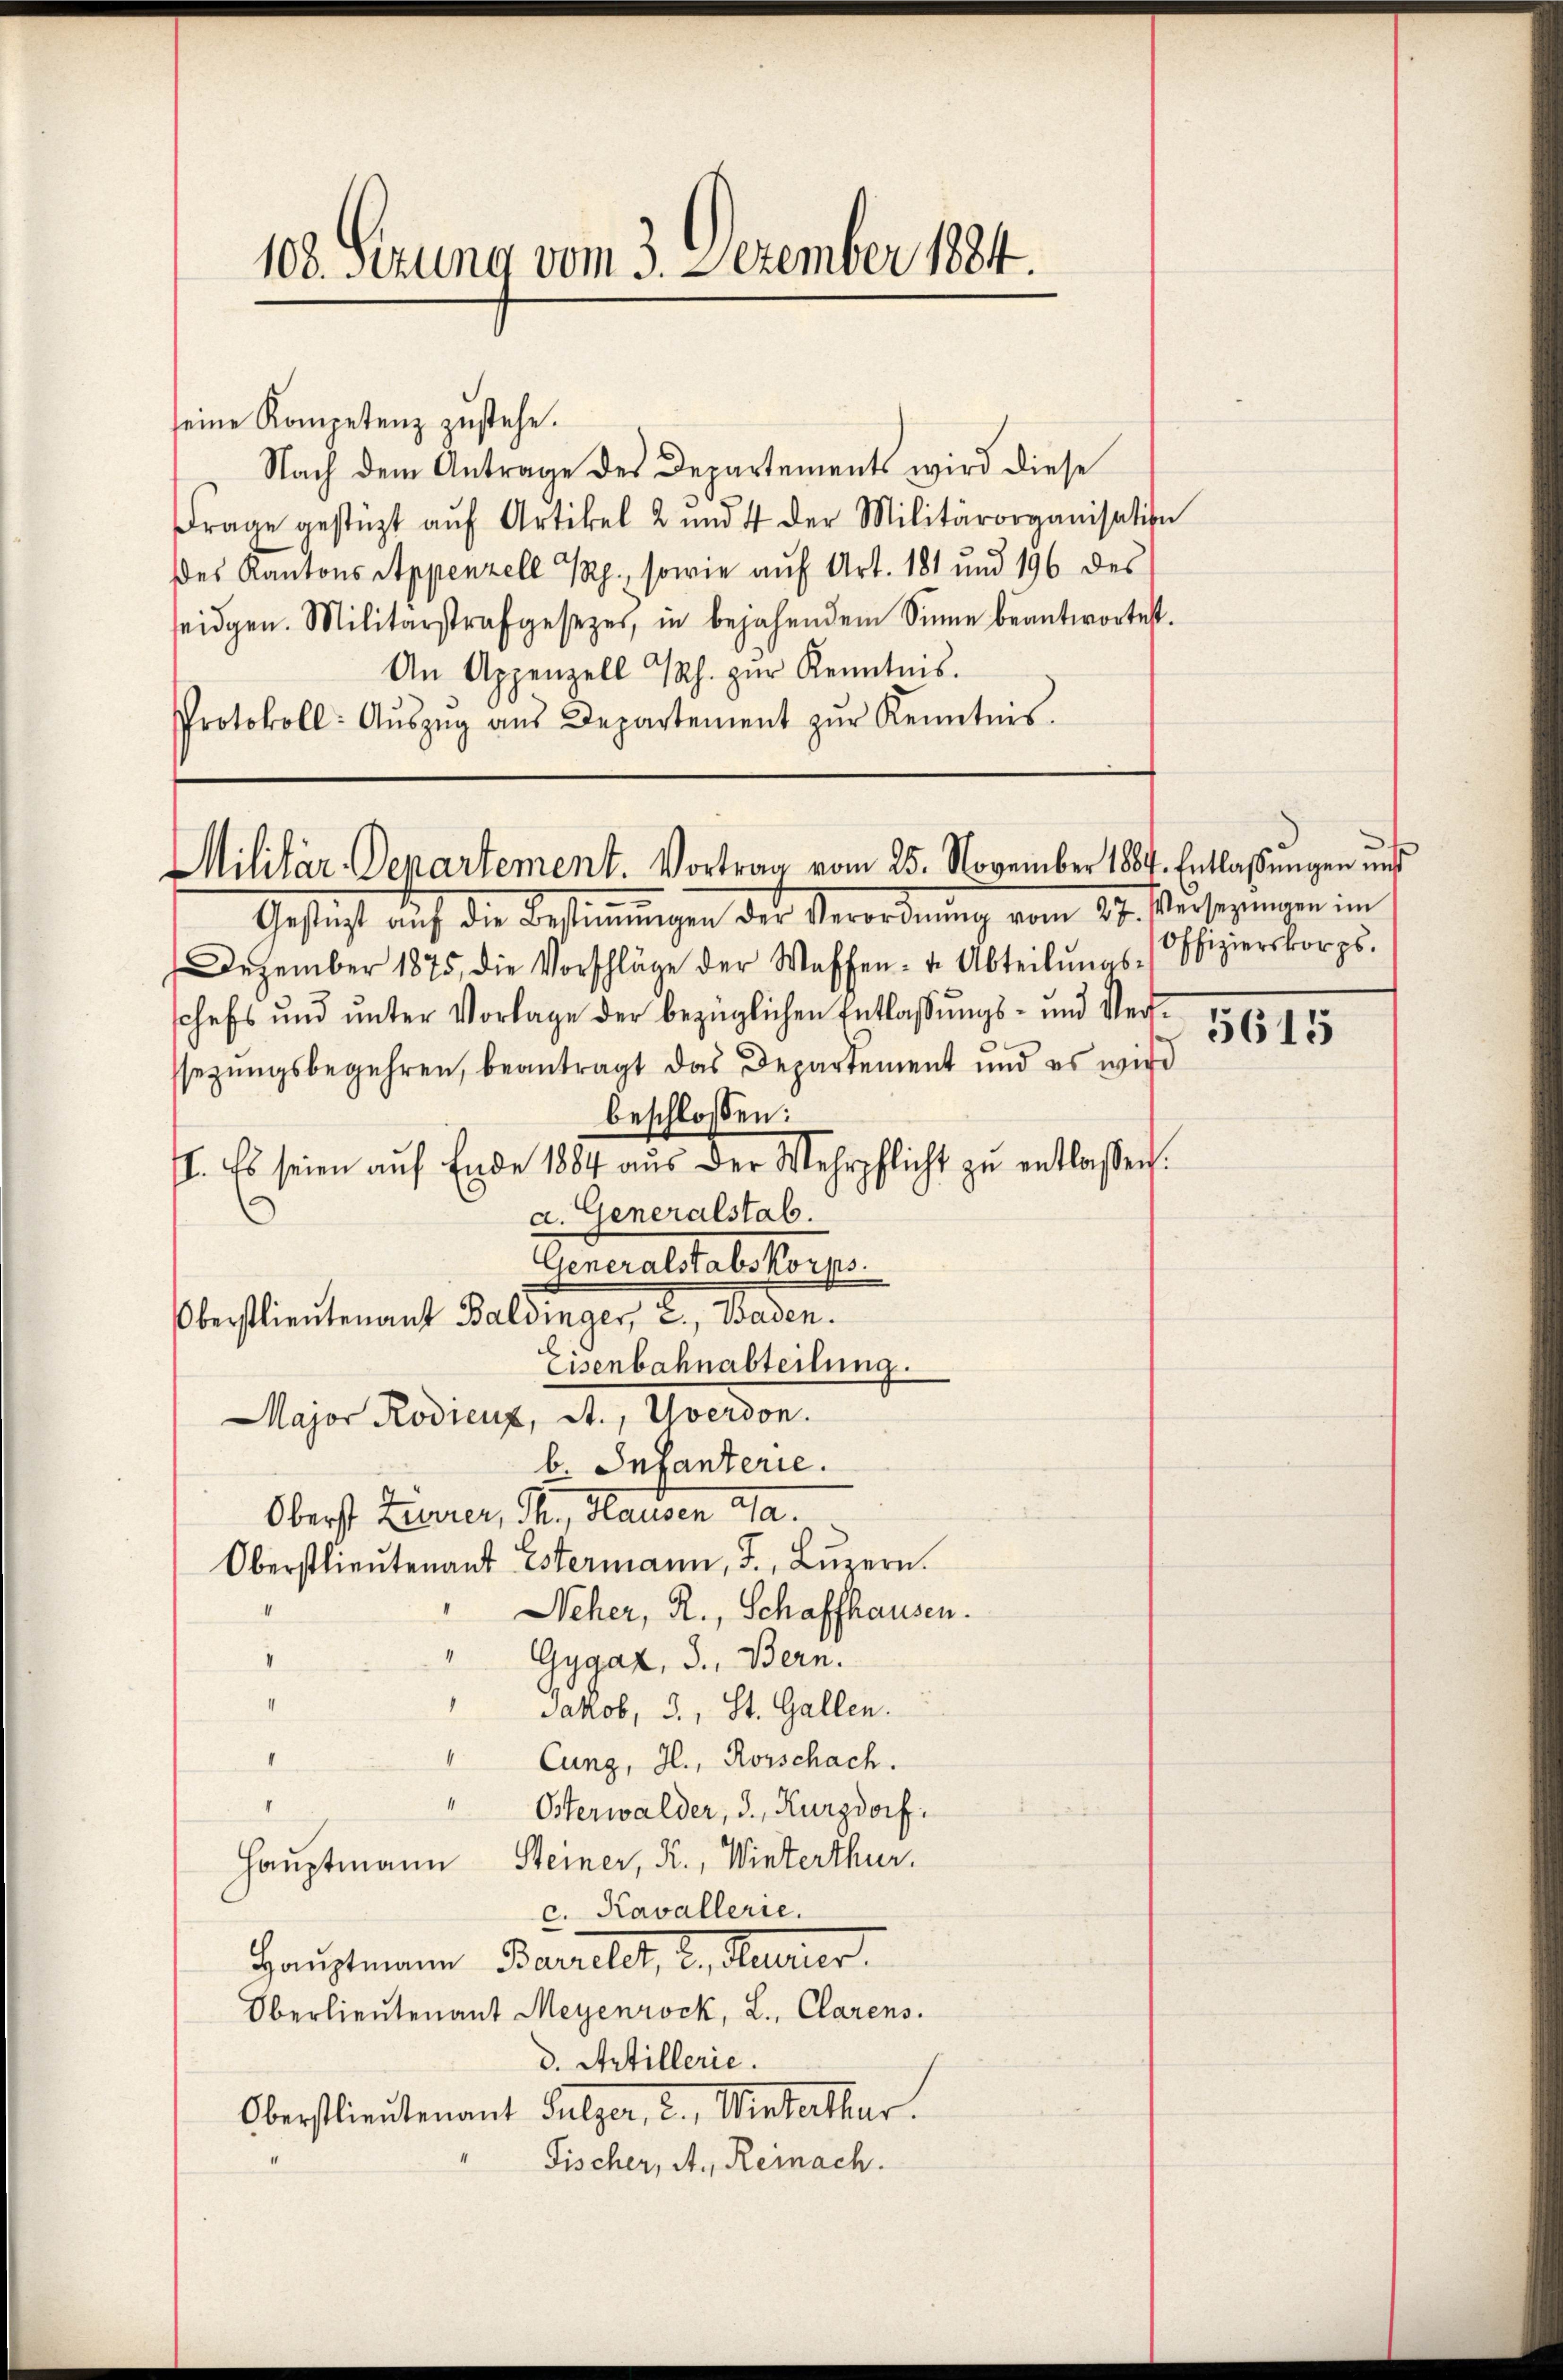
108. Sizung vom 3. Dezember 1884.

seine Kompetenz zustehe.
Nach dem Antrage des Departements wird diese
Frage gestüzt aŭf Artikel 2 und 4 der Militärorganisation
des Kantons Appenzell Rp., sowie aŭf Art. 181 und 196 des
seidgen. Militärstrafgesezer, in bejahendem Sinne beantwortest.
An Appenzell h. zŭr Kenntnis.
Protokoll: Aŭszŭg aŭs Departement zŭr Kenntnis.

Militär-Departement. Vortrag vom 25. November 184. Entlassŭngen und

Gesicht auf die Bestimmungen des Verordnung vom 27. Versorgangen in
Dezember 1875 die Vorschläge der Waffen- u. Abteilŭngs-
schefs und unter Vorlage der bezüglichen Entlassungs- und Versezungsbegehren, beantragt das Departement und es wird
beschlossen:
II. Es seien aŭf Ende 1884 aŭs der Mehrpflicht zŭ entlassen.
a. Generalstab.
Generalstabeskorps
Oberstlieutenant Baldinger, 2., Baden.
Eisenbahnabteilung.
Major Rodicus, A. Averson.
b. Infanterie.
Oberst Zürrer, Th., Hausen da.
Oberstlieutenant Estermann, J., Lŭzern.
Seher, R., Schaffhausen.
"Gygaz, S., Bern.
Jakob, 3., St. Gallen.
Cung, H., Rorschach.
4
Österwalder, d. Kurzdorf.
Hauptmann Steiner, R., Winterthur.
c. Kavallerie.
Hauptmann Barellt, d. Kurier
Oberlieutenant Meyenrock, L. Clarens.
d. Artillerie.
Oberstlieutenant Sulzer, 2., Winterthur.
Fischer, A., Reinach.

Offizierskorps.

5615